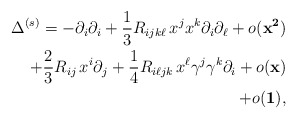
\begin{align*}\begin{aligned}\Delta ^{(s)} = -\partial _{i}\partial _{i} + \frac{1}{3} R_{ijk\ell}\, x^{j}x^{k} \partial _{i} \partial _{\ell }+ o(\mathbf{x^{2})}\\+ \frac{2}{3}R_{ij}\, x^{i}\partial _{j} + \frac{1}{4}R_{i\ell jk}\, x^{\ell }\gamma ^{j} \gamma ^{k}\partial _{i} + o(\mathbf{x)}\\+ o(\mathbf{1)},\end{aligned}\end{align*}